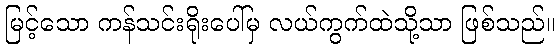
မြင့်သော ကန်သင်းရိုးပေါ်မှ လယ်ကွက်ထဲသို့သာ ဖြစ်သည်။